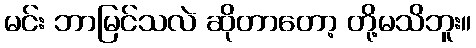
မင်း ဘာမြင်သလဲ ဆိုတာတော့ တို့မသိဘူး။